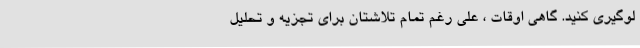
لوگیری کنید. گاهی اوقات ، علی رغم تمام تلاشتان برای تجزیه و تحلیل